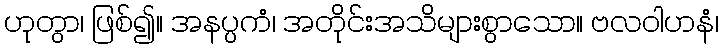
ဟုတွာ၊ ဖြစ်၍။ အနပ္ပကံ၊ အတိုင်းအသိများစွာသော။ ဗလဝါဟနံ၊